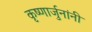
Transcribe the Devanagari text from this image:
कृष्णार्जुनांनी